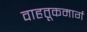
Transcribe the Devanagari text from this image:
वाहतूकमार्ग